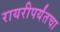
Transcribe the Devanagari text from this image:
रायरीपर्यंतचा